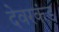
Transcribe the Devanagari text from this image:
देवरकंंड